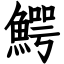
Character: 鰐